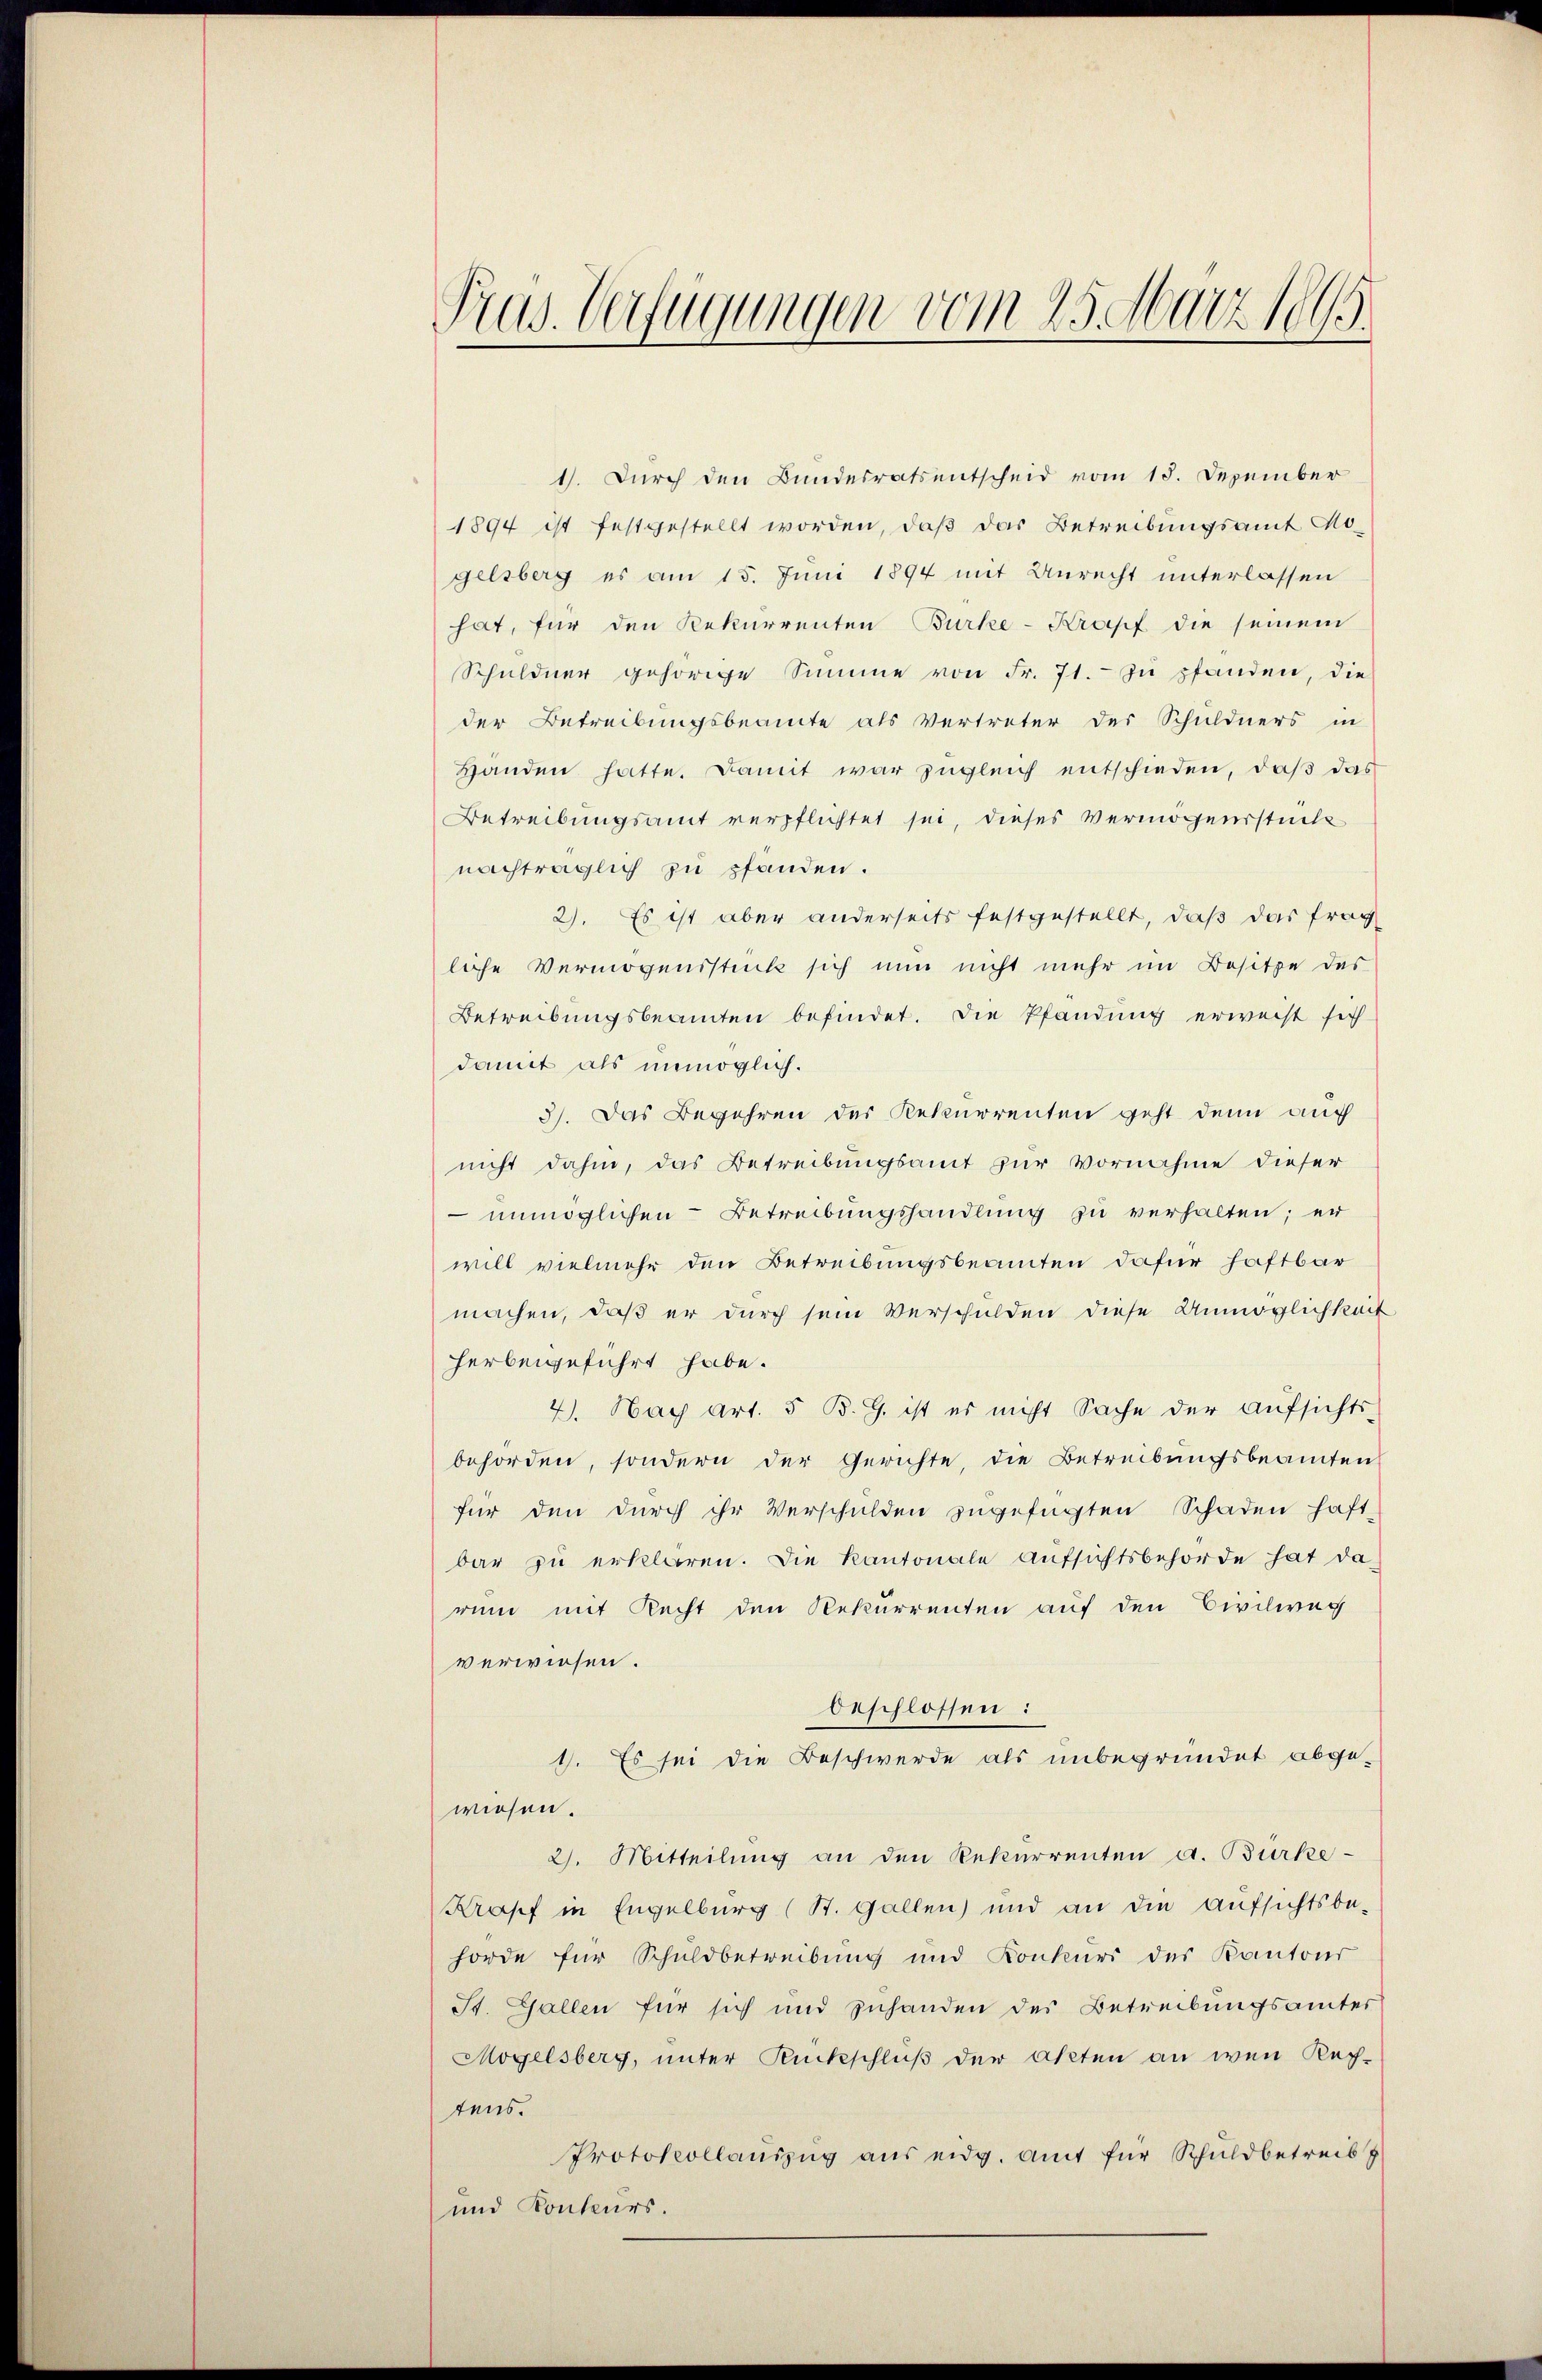
Prus. Verfügungen vom 25. März 1895.

1). Durch den Bundesrats entscheid vom 18. Dezember
1894 ist festgestellt worden, daß das Betreibungsamt Mogelsberg es am 15. Juni 1894 mit Unrecht unterlassen
hat, für den Rekurrenten Bürke-Kropf die seinem
Schuldner gehörige Summe von Fr. 71. zu pfanden, die
der Betreibungsbeamte als Vertreter der Schuldners in
Handen hatte. Damit war zugleich entschieden, daß das
Betreibungsamt verpflichtet sei, dieses Vermögensstücke
nachträglich zu pfanden.
2). Es ist aber anderseits festgestellt, daß das frag
liche Vermögensstück sich nun nicht mehr im Besitze des
Betreibungsbeamten befindet. Die Pfändung erweist sich
damit als unmöglich.
3). Das Begehren des Rekurrenten geht denn auch
nicht dahin, das Betreibungsamt zur Vornahme dieser
 unmöglichen Betreibungshandlung zu verhalten; er
will vielmehr den Betreibungsbeamten dafür haftbar
machen, daß er durch sein Verschulden diese Unmöglichkeit
herbeigeführt habe.
2. Nach art. 5 B. G. ist es nicht Sache der Aŭfsichts-
behörden, sondern der Gerichte, die Betreibungsbeamten
für den durch ihr Verschulden zugefügten Schaden haft-
bar zu erklären. Die Kantonale Aufsichtsbehörde hat da
ren mit Recht den Rekurrenten auf den Civilwag
verwiesen.
beschlossen:
1. Es sei die Beschwerde als unbegründet abgewiesen.
2. Mitteilung an den Rekurrenten d. Bürke¬
Krapf in Engelburg (St. Gallen) und an die Aufsichtsbe-
hörde für Schuldbetreibung und Konkurs des Kantons
St. Gallen für sich und zuhanden des Betreibungsämter
Mogelsberg, unter Rückschluß der Akten an wen Rechtens.
Protokollaŭszŭg aŭs eidg. amt für Schuldbetreib
und Konkurs.